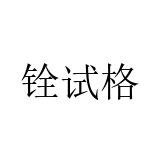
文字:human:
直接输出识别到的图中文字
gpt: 铨试格